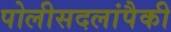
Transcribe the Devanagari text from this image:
पोलीसदलांपैकी